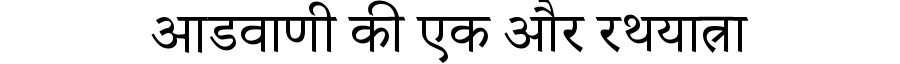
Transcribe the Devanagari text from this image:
आडवाणी की एक और रथयात्रा